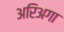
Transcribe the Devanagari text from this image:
अरिअगा